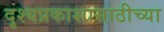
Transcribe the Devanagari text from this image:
दृश्यप्रकाशासाठीच्या